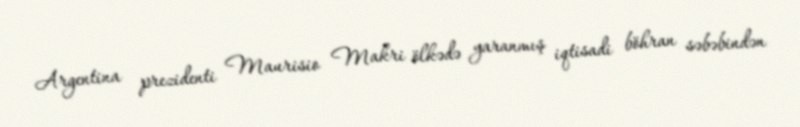
Argentina prezidenti Maurisio Makri ölkədə yaranmış iqtisadi böhran səbəbindən